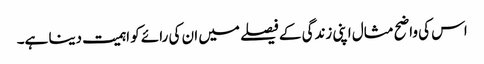
اس کی واضح مثال اپنی زندگی کے فیصلے میں ان کی رائے کو اہمیت دینا ہے۔